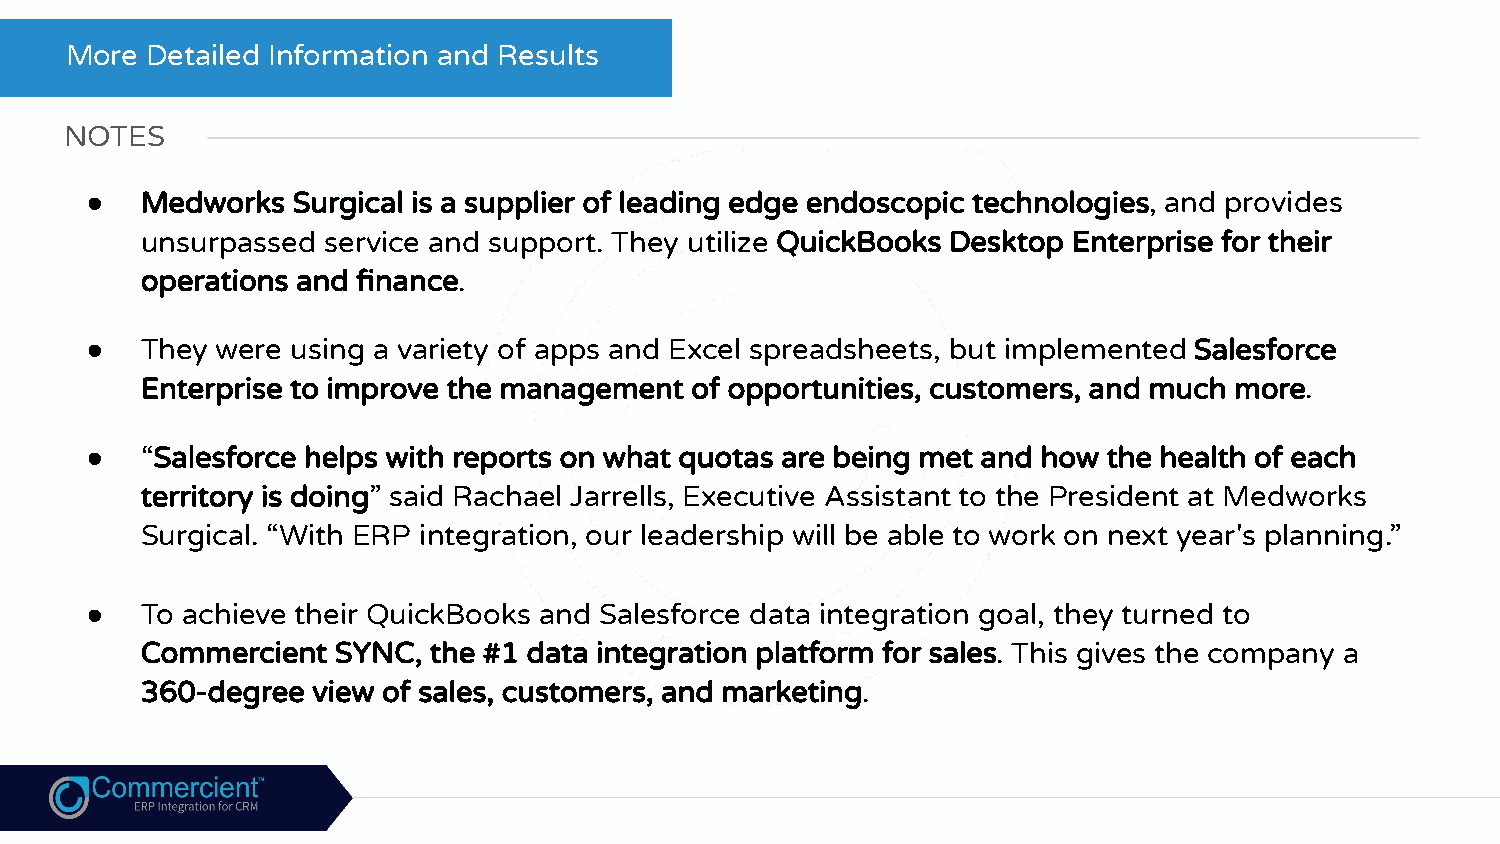
More  Detailed Information and Results
 NOTES
 ●  Medworks  Surgical is a supplier of leading edge endoscopic technologies, and provides
 unsurpassed service and support. They utilize QuickBooks Desktop Enterprise for their
 operations and finance.
 ●  They were using a variety of apps and Excel spreadsheets, but implemented Salesforce
 Enterprise to improve the management of opportunities, customers, and much more.
 ●  “Salesforce helps with reports on what quotas are being met and how the health of each
 territory is doing” said Rachael Jarrells, Executive Assistant to the President at Medworks
 Surgical. “With ERP integration, our leadership will be able to work on next year's planning.”
 ●  To achieve their QuickBooks and Salesforce data integration goal, they turned to
 Commercient  SYNC, the #1 data integration platform for sales. This gives the company a
 360-degree  view of sales, customers, and marketing.